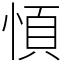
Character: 㥧